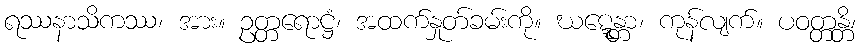
ရဿနာသိကဿ၊ အား။ ဥတ္တရောဋ္ဌံ၊ အထက်နှုတ်ခမ်းကို။ ဃဋ္ဋေန္တာ၊ ကုန်လျက်။ ပဝတ္တန္တိ၊